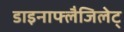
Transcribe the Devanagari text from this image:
डाइनाफ्लैजिलेट्